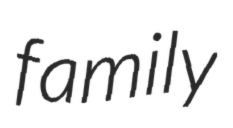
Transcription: family